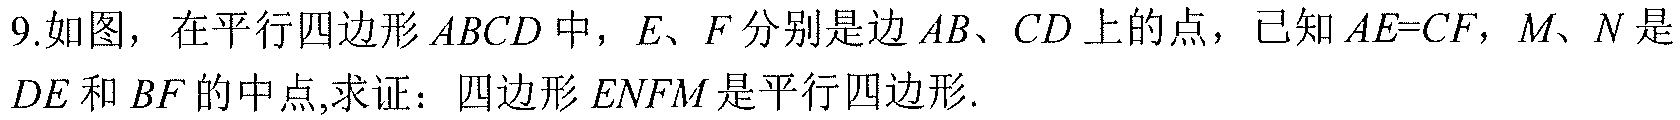
9.如图，在平行四边形\(ABCD\)中，\(E、F\)分别是边\(AB、CD\)上的点，已知\(AE = CF\)，\(M、N\)是
\(DE\)和\(BF\)的中点,求证：四边形\(ENFM\)是平行四边形.